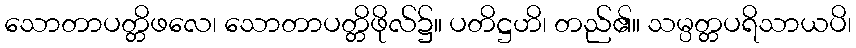
သောတာပတ္တိဖလေ၊ သောတာပတ္တိဖိုလ်၌။ ပတိဋ္ဌဟိ၊ တည်၏။ သမ္ပတ္တပရိသာယပိ၊